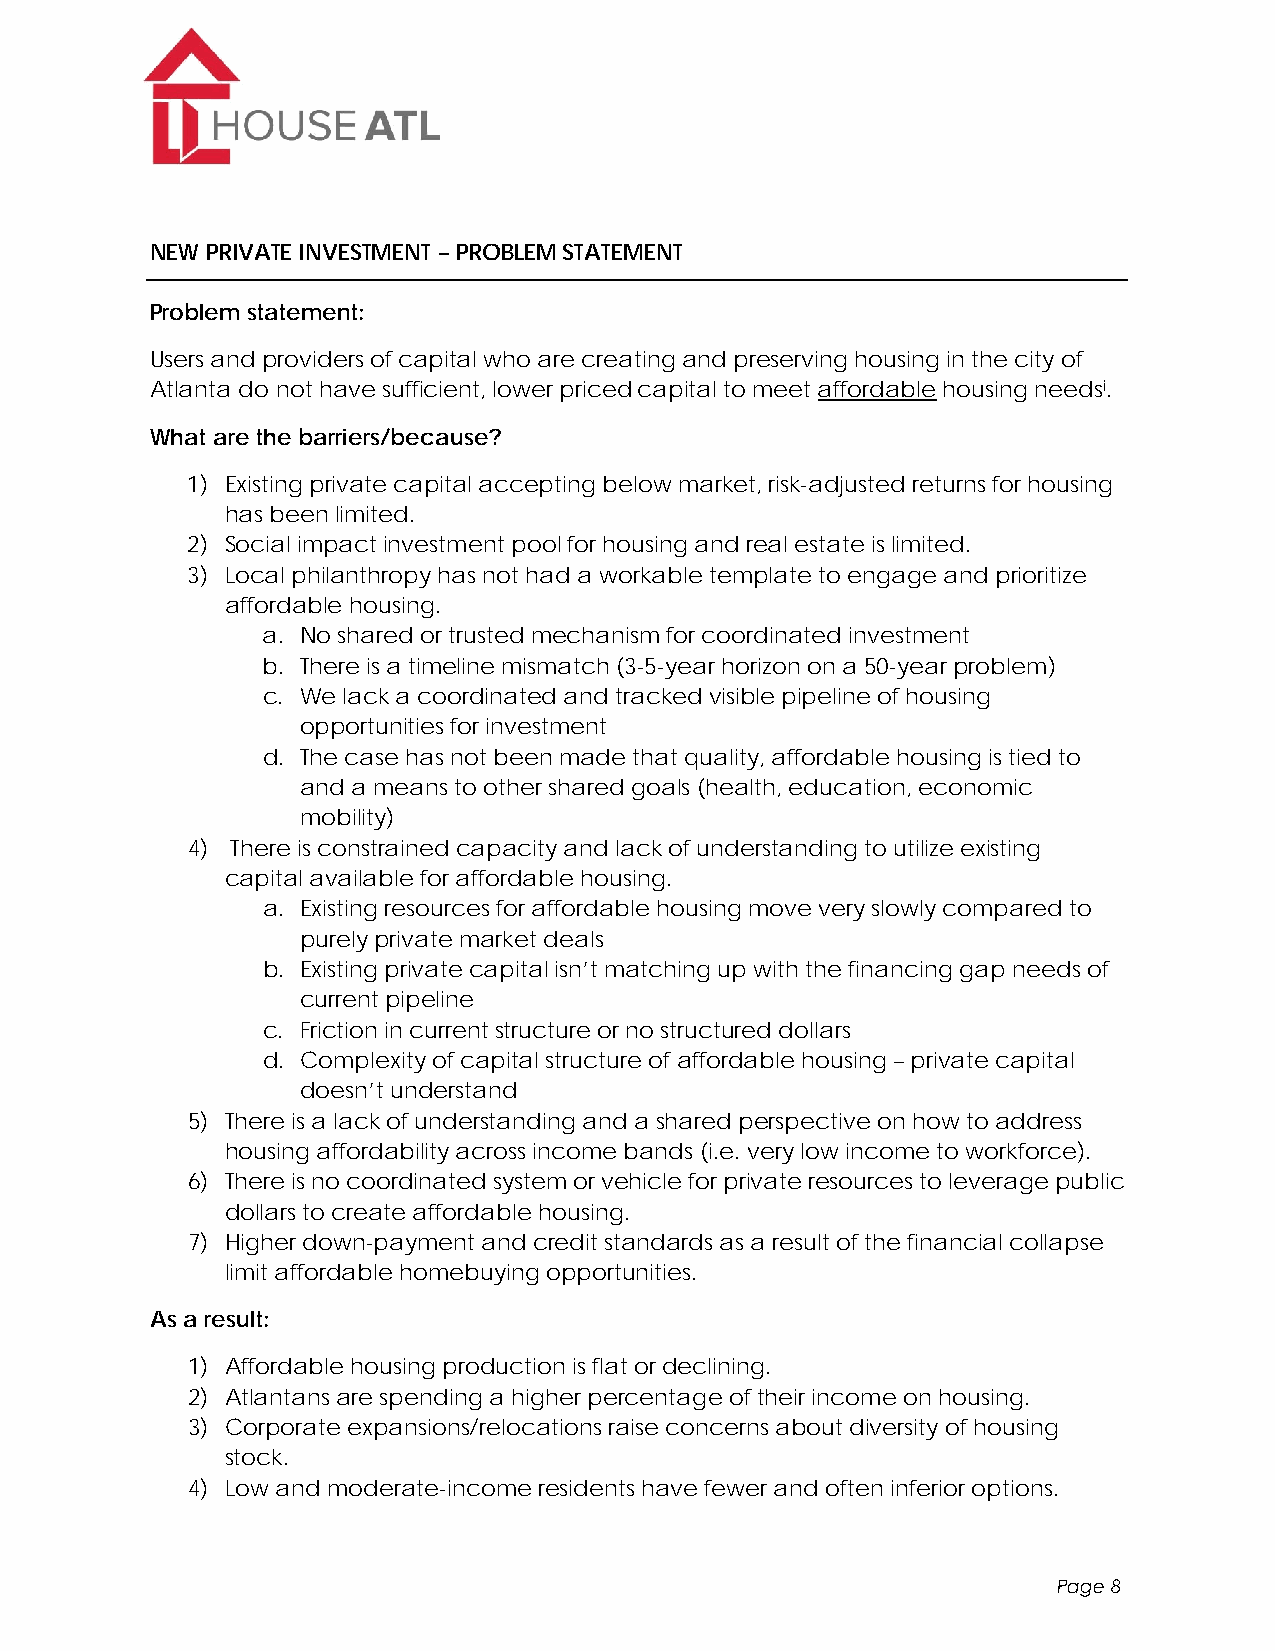
NEW PRIVATE INVESTMENT – PROBLEM STATEMENT
 Problem statement:
 Users and providers of capital who are creating and preserving housing in the city of
 Atlanta do not have sufficient, lower priced capital to meet affordable housing needsi.
 What are the barriers/because?
 1) Existing private capital accepting below market, risk-adjusted returns for housing
 has been limited.
 2) Social impact investment pool for housing and real estate is limited.
 3) Local philanthropy has not had a workable template to engage and prioritize
 affordable housing.
 a. No shared or trusted mechanism for coordinated investment
 b. There is a timeline mismatch (3-5-year horizon on a 50-year problem)
 c. We lack a coordinated and tracked visible pipeline of housing
 opportunities for investment
 d. The case has not been made that quality, affordable housing is tied to
 and a means to other shared goals (health, education, economic
 mobility)
 4) There is constrained capacity and lack of understanding to utilize existing
 capital available for affordable housing.
 a. Existing resources for affordable housing move very slowly compared to
 purely private market deals
 b. Existing private capital isn’t matching up with the financing gap needs of
 current pipeline
 c. Friction in current structure or no structured dollars
 d. Complexity of capital structure of affordable housing – private capital
 doesn’t understand
 5) There is a lack of understanding and a shared perspective on how to address
 housing affordability across income bands (i.e. very low income to workforce).
 6) There is no coordinated system or vehicle for private resources to leverage public
 dollars to create affordable housing.
 7) Higher down-payment and credit standards as a result of the financial collapse
 limit affordable homebuying opportunities.
 As a result:
 1) Affordable housing production is flat or declining.
 2) Atlantans are spending a higher percentage of their income on housing.
 3) Corporate expansions/relocations raise concerns about diversity of housing
 stock.
 4) Low and moderate-income residents have fewer and often inferior options.
 Page 8